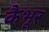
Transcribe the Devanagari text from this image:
कैभूर